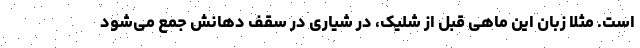
است. مثلا زبان این ماهی قبل از شلیک، در شیاری در سقف دهانش جمع می‌شود